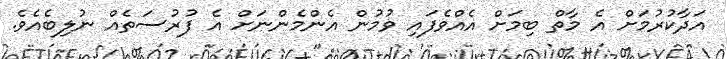
އަދާކުރުމަށް އެ މާތް ބިމަށް އެއްވެފައި ވުމުން އެންމެންނަށް އެ ފުރުސަތެއް ނުލިބެއެވެ.